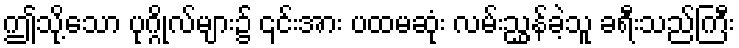
ဤသို့သော ပုဂ္ဂိုလ်များ၌ ၎င်းအား ပထမဆုံး လမ်းညွှန်ခဲ့သူ ခရီးသည်ကြီး